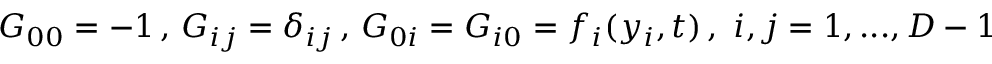
G _ { 0 0 } = - 1 \, , \, G _ { i j } = \delta _ { i j } \, , \, G _ { 0 i } = G _ { i 0 } = f _ { i } ( y _ { i } , t ) \, , \, \, i , j = 1 , . . . , D - 1